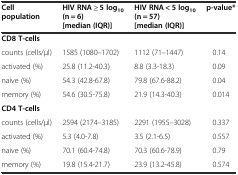
<table><thead><tr><td><b>Cell population</b></td><td><b>HIV RNA ≥ 5 log<sub>10</sub>(n = 6) [median (IQR)]</b></td><td><b>HIV RNA &lt; 5 log<sub>10</sub>(n = 57) [median (IQR)]</b></td><td><b>p-value*</b></td></tr></thead><tbody><tr><td><b>CD8 T-cells</b></td><td></td><td></td><td></td></tr><tr><td>counts (cells/μl)</td><td>1585 (1080–1702)</td><td>1112 (71–1447)</td><td>0.14</td></tr><tr><td>activated (%)</td><td>25.8 (11.2-40.3)</td><td>8.8 (3.3-18.3)</td><td>0.09</td></tr><tr><td>naive (%)</td><td>54.3 (42.8-67.8)</td><td>79.8 (67.6-88.2)</td><td>0.04</td></tr><tr><td>memory (%)</td><td>54.6 (30.5-75.8)</td><td>21.9 (14.3-40.3)</td><td>0.014</td></tr><tr><td><b>CD4 T-cells</b></td><td></td><td></td><td></td></tr><tr><td>counts (cells/μl)</td><td>2594 (2174–3185)</td><td>2291 (1955–3028)</td><td>0.337</td></tr><tr><td>activated (%)</td><td>5.3 (4.0-7.8)</td><td>3.5 (2.1-6.5)</td><td>0.557</td></tr><tr><td>naive (%)</td><td>70.1 (60.4-74.8)</td><td>70.3 (60.6-78.9)</td><td>0.79</td></tr><tr><td>memory (%)</td><td>19.8 (15.4-21.7)</td><td>23.9 (13.2-45.8)</td><td>0.574</td></tr></tbody></table>